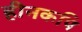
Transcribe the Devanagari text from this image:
हीनकपि